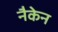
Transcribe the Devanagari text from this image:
नैकेन